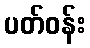
ပတ်ဝန်း